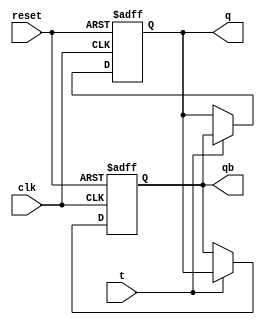
module T_ff(q, qb, t, clk, reset);

    input t, clk, reset;
    output q, qb;
    reg q, qb;
    
    always @ (posedge clk, posedge reset)
        begin
            if (reset)
            begin
                q <= 1'b0; qb <= 1'b1;
            end
            else if (t == 1'b0)
            begin
                q <= q; qb <= qb;
            end
            else
            begin
                q <= qb; qb <= q;
            end
        end

endmodule